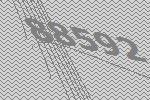
88592